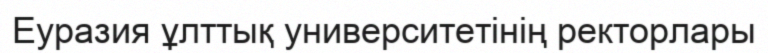
Еуразия ұлттық университетінің ректорлары